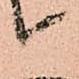
て